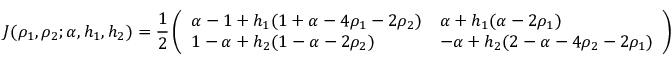
J ( \rho _ { 1 } , \rho _ { 2 } ; \alpha , h _ { 1 } , h _ { 2 } ) = \frac { 1 } { 2 } \left( \begin{array} { l l } { \alpha - 1 + h _ { 1 } ( 1 + \alpha - 4 \rho _ { 1 } - 2 \rho _ { 2 } ) } & { \alpha + h _ { 1 } ( \alpha - 2 \rho _ { 1 } ) } \\ { 1 - \alpha + h _ { 2 } ( 1 - \alpha - 2 \rho _ { 2 } ) } & { - \alpha + h _ { 2 } ( 2 - \alpha - 4 \rho _ { 2 } - 2 \rho _ { 1 } ) } \end{array} \right)